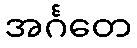
အင်္ဂတေ